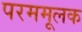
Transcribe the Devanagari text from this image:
परममूलक